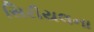
સિરીયલના